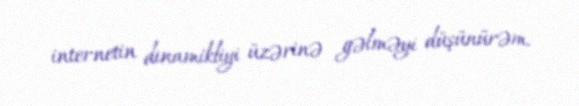
internetin dinamikliyi üzərinə gəlməyi düşünürəm.